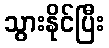
သွားနိုင်ပြီး